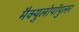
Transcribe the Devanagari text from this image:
मैक्युलोपॉपुलर